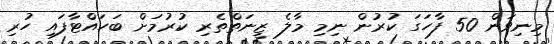
މިނިވަން 50 ފާހަގަ ކުރުން ނިމި މާލެ ޒީނަތްތެރި ކުރުމަށް ބަހައްޓާފައި ހުރި